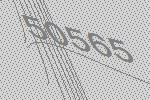
50565